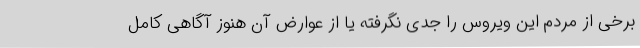
برخی از مردم این ویروس را جدی نگرفته یا از عوارض آن هنوز آگاهی کامل